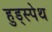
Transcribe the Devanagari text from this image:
हुड्स्पेथ